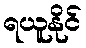
ရယူနိုင်